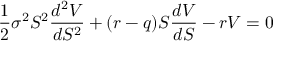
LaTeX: { \frac { 1 } { 2 } } \sigma ^ { 2 } S ^ { 2 } { \frac { d ^ { 2 } V } { d S ^ { 2 } } } + ( r - q ) S { \frac { d V } { d S } } - r V = 0